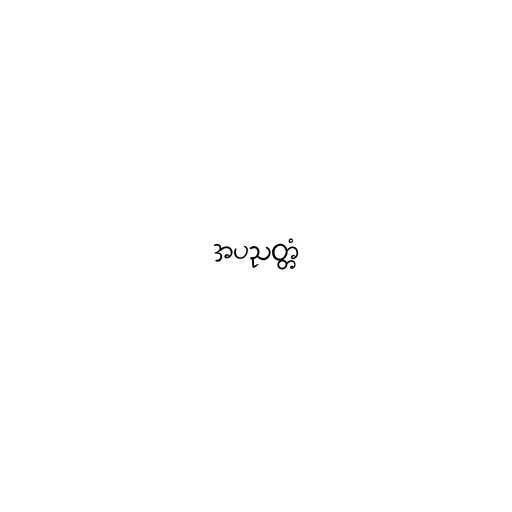
အပညတ္တံ